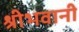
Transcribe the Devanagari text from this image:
श्रीभवानी